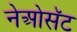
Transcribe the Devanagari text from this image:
नेओसॅट